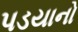
પડયાનો